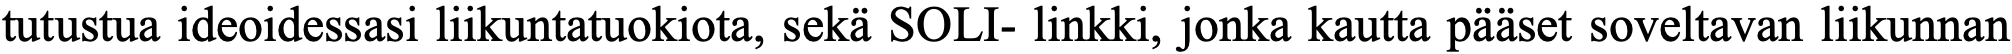
tutustua ideoidessasi liikuntatuokiota, sekä SOLI- linkki, jonka kautta pääset soveltavan liikunnan